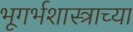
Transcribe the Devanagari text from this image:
भूगर्भशास्त्राच्या